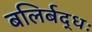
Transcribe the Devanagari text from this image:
बलिर्बद्धः